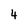
Character: 4